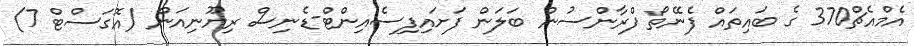
އެމްއެޗް370 ގެ ބައިތައް ފެނޭތޯ ފްރާންސުން ބަލަން ފަށައިފިސެއިންޓް-ޑެނިސް ރިޔޫނިއަން (އޮގަސްޓް 7)